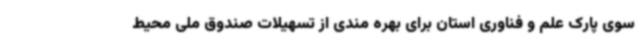
سوی پارک علم و فناوری استان برای بهره مندی از تسهیلات صندوق ملی محیط